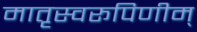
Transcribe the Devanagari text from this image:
मातृस्वरूपिणीम्